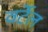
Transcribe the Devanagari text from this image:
वर्टेल